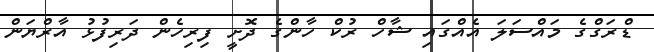
ޑްރަގްގެ މައްސަލަ އެއްގައި ޝާހް ރުކް ހާންގެ ދޮށީ ފިރިހެން ދަރިފުޅު އާރްޔަން